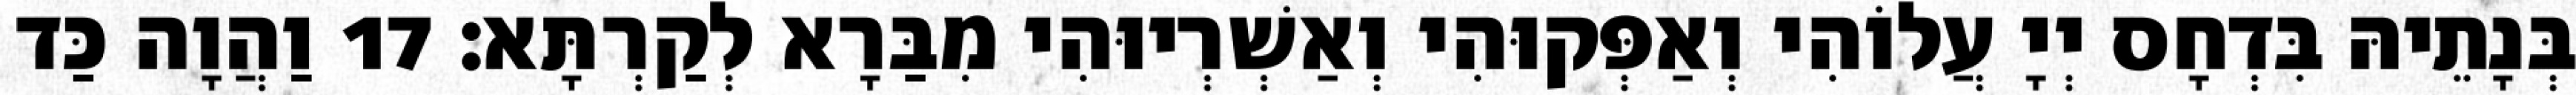
בְּנָתֵיהּ בִּדְחָס יְיָ עֲלוֹהִי וְאַפְּקוּהִי וְאַשְׁרְיוּהִי מִבַּרָא לְקַרְתָּא׃ 17 וַהֲוָה כַּד